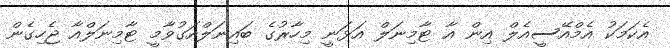
އެކަމަކު އެމްއޭސީއެލް އިން އާ ޓާމިނަލް އަޅަނީ މިހާރުގެ ބައިނަލްއަގުވާމީ ޓާމިނަލްއާ ޖެހިގެން